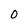
Character: 0